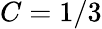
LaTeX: C=1/3